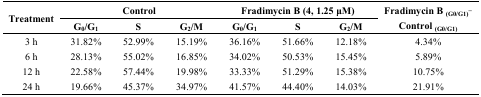
| <ROWSPAN=2> Treatment | <COLSPAN=3> Control | <COLSPAN=3> Fradimycin B (4, 1.25 μM) | Fradimycin B (G0/G1)− |
 | G0/G1 | S | G2/M | G0/G1 | S | G2/M | Control (G0/G1) |
 | --- | --- | --- | --- | --- | --- | --- | --- |
 | 3 h | 31.82% | 52.99% | 15.19% | 36.16% | 51.66% | 12.18% | 4.34% |
 | 6 h | 28.13% | 55.02% | 16.85% | 34.02% | 50.53% | 15.45% | 5.89% |
 | 12 h | 22.58% | 57.44% | 19.98% | 33.33% | 51.29% | 15.38% | 10.75% |
 | 24 h | 19.66% | 45.37% | 34.97% | 41.57% | 44.40% | 14.03% | 21.91% |